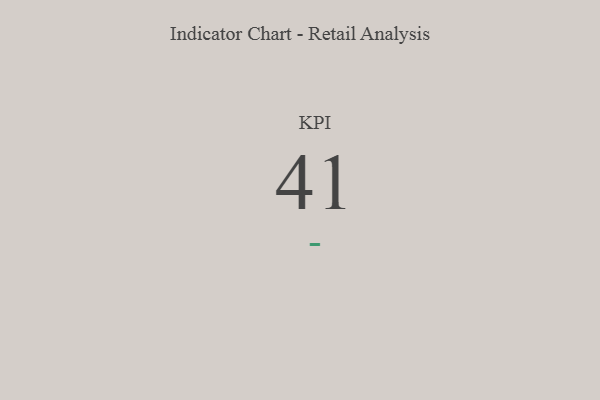
{"axis": {"x": "KPI", "y": "Value"}, "legend": [""], "data": [{"x": "KPI", "y": 41, "type": ""}]}